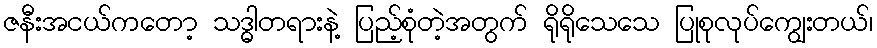
ဇနီးအငယ်ကတော့ သဒ္ဓါတရားနဲ့ ပြည့်စုံတဲ့အတွက် ရိုရိုသေသေ ပြုစုလုပ်ကျွေးတယ်၊